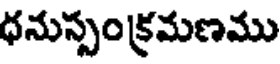
ధనుస్సంక్రమణము